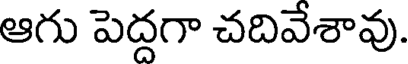
ఆగు పెద్దగా చదివేశావు.